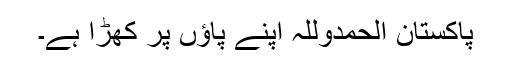
پاکستان الحمدوللہ اپنے پاﺅں پر کھڑا ہے۔